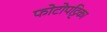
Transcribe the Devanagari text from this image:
फोटोपट्टिका